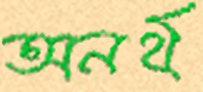
অনর্থ